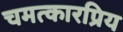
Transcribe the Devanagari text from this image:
चमत्कारप्रिय